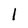
Character: l